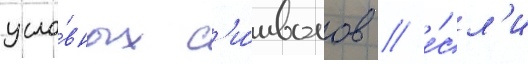
усло́вных с'и́мволов / е́сл'и